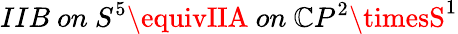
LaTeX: IIB~on~S^{5}\equivIIA~on~\mathbb{C}P^{2}\timesS^{1}